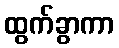
ထွက်ခွာကာ